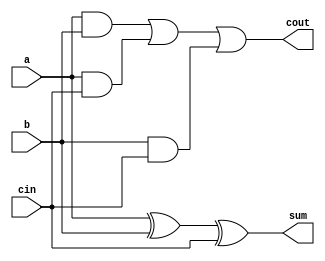
module top_module( 
    input a, b, cin,
    output cout, sum );

    // Sum is the XOR of the input bits and carry-in.
    assign sum = a ^ b ^ cin;

    // Carry-out is the majority function of the input bits and carry-in.
    assign cout = (a & b) | (a & cin) | (b & cin);

endmodule